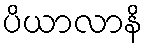
ပိယာလာနိ